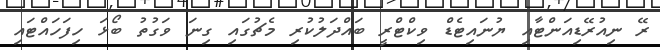
ރޭ ނިއުރޭޑިއަންޓާއި ޔުނައިޓެޑް ވިކްޓްރީ ބައްދަލުކުރި މެޗުގައި ގިނަ ވަގުތު ބޯޅަ ހިފަހައްޓައި